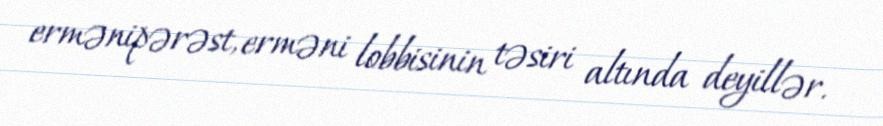
ermənipərəst, erməni lobbisinin təsiri altında deyillər.